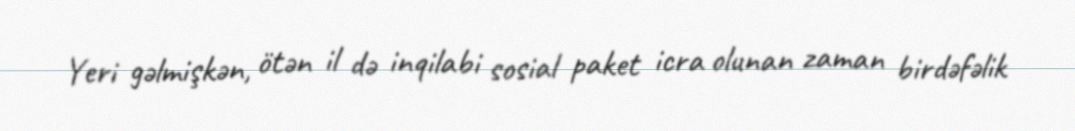
Yeri gəlmişkən, ötən il də inqilabi sosial paket icra olunan zaman birdəfəlik